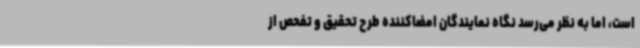
است، اما به نظر می‌رسد نگاه نمایندگان امضاکننده طرح تحقیق و تفحص از